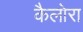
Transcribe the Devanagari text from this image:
कैलोरा